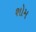
શોમ